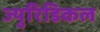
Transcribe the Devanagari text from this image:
ज्युरिडिकल